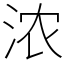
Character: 浓